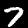
Digit: 7